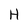
Character: H